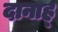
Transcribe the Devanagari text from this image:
दानाह्